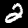
Digit: 2